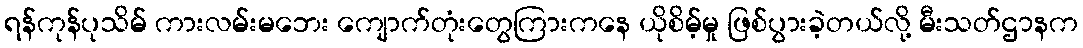
ရန်ကုန်ပုသိမ် ကားလမ်းမဘေး ကျောက်တုံးတွေကြားကနေ ယိုစိမ့်မှု ဖြစ်ပွားခဲ့တယ်လို့ မီးသတ်ဌာနက